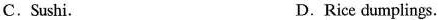
C. Sushi. D.Rice dumplings.